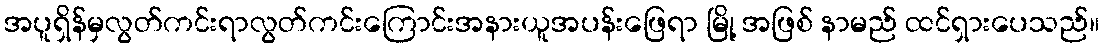
အပူရှိန်မှလွတ်ကင်းရာလွတ်ကင်းကြောင်းအနားယူအပန်းဖြေရာ မြို့ အဖြစ် နာမည် ထင်ရှားပေသည်။